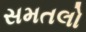
સમતલો